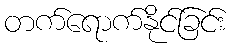
တက်ရောက်နိုင်ခြင်း